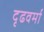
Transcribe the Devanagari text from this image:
दृढवर्मा